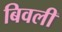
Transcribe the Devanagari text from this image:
बिवली